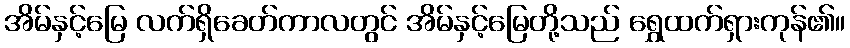
အိမ်နှင့်မြေ လက်ရှိခေတ်ကာလတွင် အိမ်နှင့်မြေတို့သည် ရွှေထက်ရှားကုန်၏။